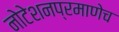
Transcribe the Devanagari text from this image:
नोटेशनप्रमाणेच